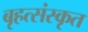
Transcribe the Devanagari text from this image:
बृहत्संस्कृत